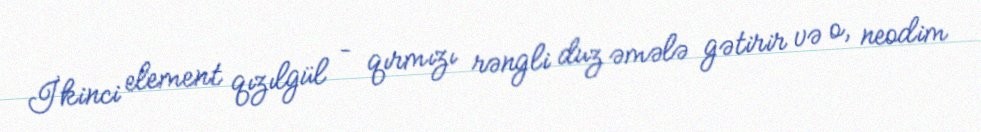
İkinci element qızılgül – qırmızı rəngli duz əmələ gətirir və o, neodim